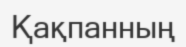
Қақпанның